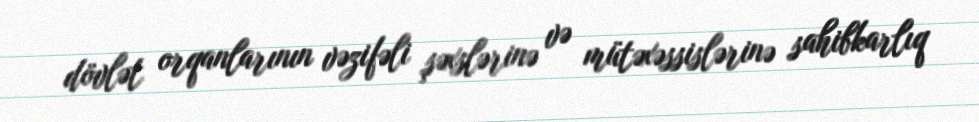
dövlət orqanlarının vəzifəli şəxslərinə və mütəxəssislərinə sahibkarlıq